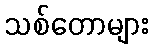
သစ်တောများ